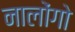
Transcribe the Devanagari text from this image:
नालोंगो